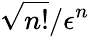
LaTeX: \sqrt{n!}/\epsilon^{n}